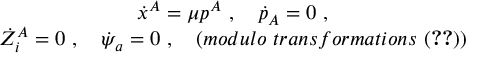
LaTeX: \begin{array} { c } { { \dot { x } ^ { A } = \mu p ^ { A } \ , \quad \dot { p } _ { A } = 0 \ , } } \\ { { \dot { Z } _ { i } ^ { A } = 0 \ , \quad \dot { \psi } _ { a } = 0 \ , \quad ( m o d u l o \ t r a n s f o r m a t i o n s \ ( \ref { e q r e l } ) ) } } \end{array}